Scottish Leaving Certificate Examination, 1951
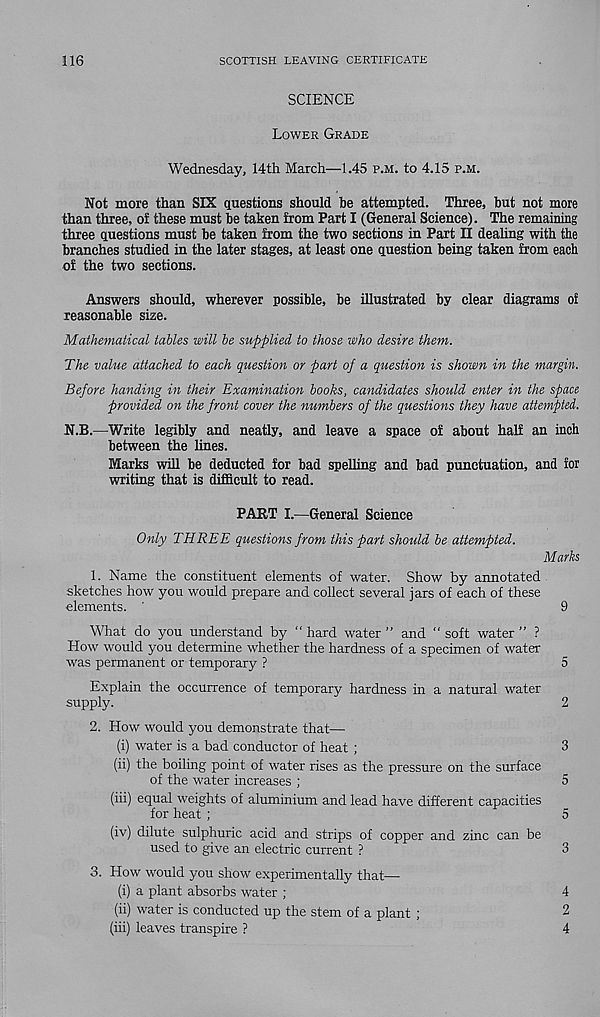
116
SCOTTISH LEAVING CERTIFICATE
SCIENCE
Lower Grade
Wednesday, 14th March—1.45 p.m. to 4.15 p.m.
Not more than SIX questions should be attempted. Three, but not more
than three, of these must be taken from Part I (General Science). The remaining
three questions must be taken from the two sections in Part II dealing with the
branches studied in the later stages, at least one question being taken from each
of the two sections.
Answers should, wherever possible, be illustrated by clear diagrams of
reasonable size.
Mathematical tables will be supplied to those who desire them.
The value attached to each question or part of a question is shown in the margin.
Before handing in their Examination books, candidates should enter in the space
provided on the front cover the numbers of the questions they have attempted.
N.B.—Write legibly and neatly, and leave a space of about half an inch
between the lines.
Marks will be deducted for bad spelling and bad punctuation, and for
writing that is difficult to read.
PART I.—General Science
Only THREE questions from this part should be attempted.
Marks
1. Name the constituent elements of water. Show by annotated
sketches how you would prepare and collect several jars of each of these
elements. '
9
What do you understand by “ hard water ” and “ soft water ” ?
How would you determine whether the hardness of a specimen of water
was permanent or temporary ?
5
Explain the occurrence of temporary hardness in a natural water
supply.
2
2. How would you demonstrate that—
(i) water is a bad conductor of heat ;
3
(ii) the boiling point of water rises as the pressure on the surface
of the water increases ;
5
(iii) equal weights of aluminium and lead have different capacities
for heat ;
5
(iv) dilute sulphuric acid and strips of copper and zinc can be
used to give an electric current ?
3
3. How would you show experimentally that—
(i) a plant absorbs water ;
4
(ii) water is conducted up the stem of a plant ;
2
(iii) leaves transpire ?
4